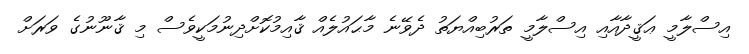
އިސްލާމީ ޢަޤީދާއާއި އިސްލާމީ ތަރުބިއްޔަތު ދެވޭނެ މާޙައުލެއް ޤާއިމުކޮށްދިނުމަކީވެސް މި ޤާނޫނުގެ ވަރަށް